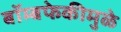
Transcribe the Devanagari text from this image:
बॉम्बफेकीमुळे